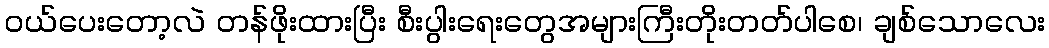
ဝယ်ပေးတော့လဲ တန်ဖိုးထားပြီး စီးပွါးရေးတွေအများကြီးတိုးတတ်ပါစေ၊ ချစ်သောလေး